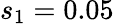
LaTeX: s_{1}=0.05